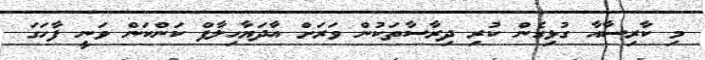
މި ކާރިސާއާ ގުޅިގެން ކުރި ދިރާސާތަކުން ވަރަށް އާދަޔާހިލާފް ކަންކަން ވަނީ ފާހަގަ